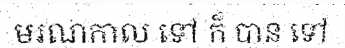
មរណកាល ទៅ ក៏ បាន ទៅ